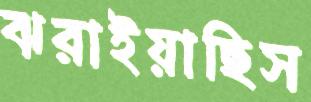
ঝরাইয়াছিস